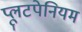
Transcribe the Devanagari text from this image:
प्लूटपेनियम